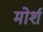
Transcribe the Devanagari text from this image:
मोर्श